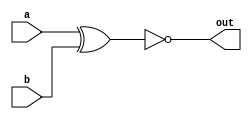
module top_module( input a, input b, output out );
    assign out = ~(a^b); //XNOR = XOR + Not 
endmodule